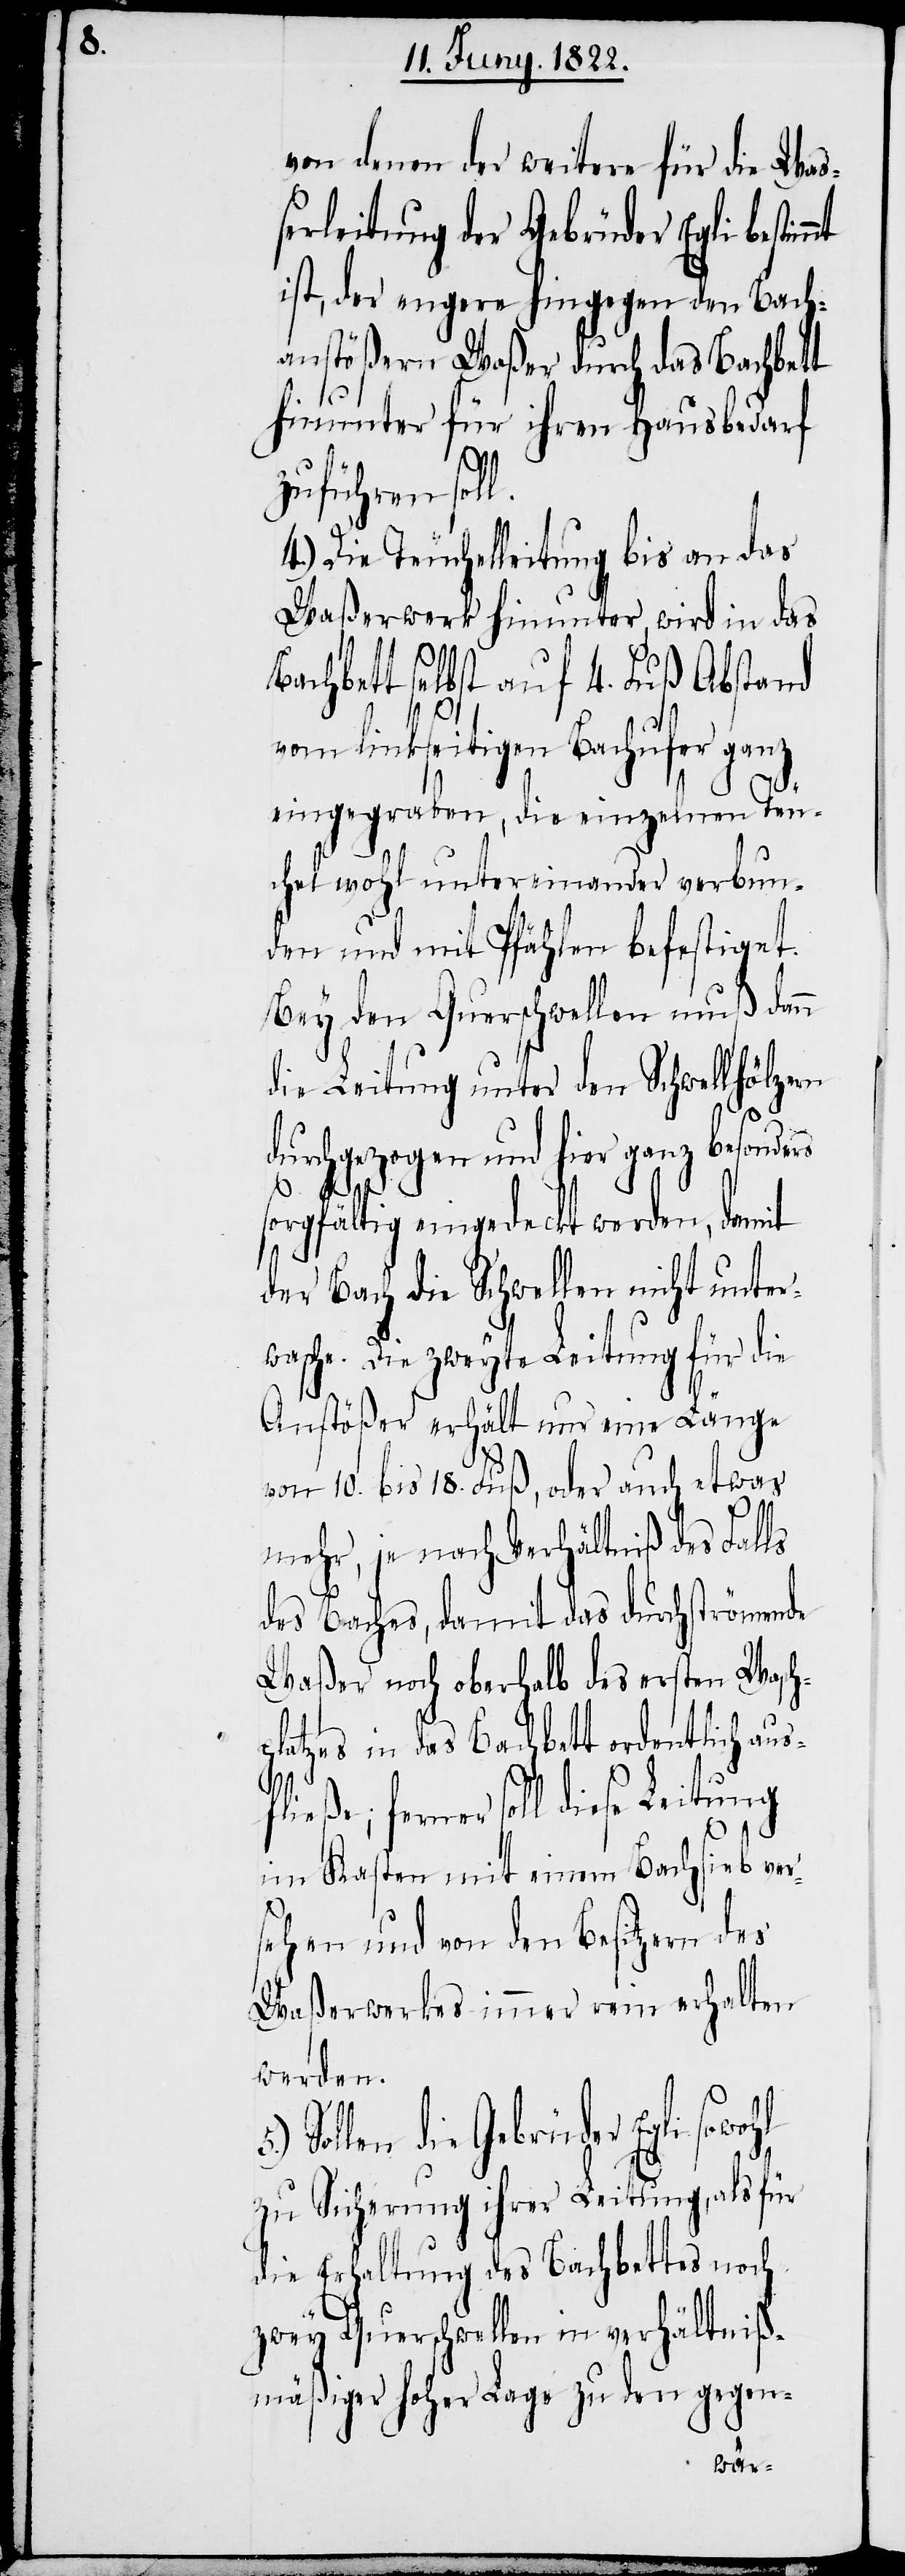
von denen der weitere für die Wa¬
ßerleitung der Gebrüder Egli bestim¬
ist, der engere hingegen den Bach¬
anstößern Waßer durch das Bachbett
hinunter für ihren Hausbedarf
l.
hl
zuführen sol¬
4.) Die Teuchelleitung bis an das
Waßerwerk hinunter wird in das
Bachbett selbst auf 4. Fuß Abstand
vom linkseitigen Bachufer ganz
eingegraben, die einzelnen Teu¬
chel wohl untereinander verbun¬
den und mit Pfählen befestiget.
Bey den Querschwellen muß dann
die Leitung unter den Schwellhölzern
durchgezogen und hier ganz besonders
sorgfältig eingedeckt werden, damit
der Bach die Schwellen nicht unter¬
wasche. Die zweyte Leitung für die
Anstößer erhält nur eine Länge
5.)
von 10. bis 18. Fuß, oder auch etwas
mehr, je nach Verhältniß des Falls
des Baches, damit das durchströmende
Waßer noch oberhalb des ersten Wasch¬
platzes in das Bachbett ordentlich ausf¬
ferner soll diese Leitung
im Kasten mit einem Bachsieb ver¬
sehen und von den Besitzern des
Waßerwerkes immer rein erhalten
werden.
Sollen die Gebrüder Egli sowo¬
zu Sicherung ihrer Leitung, als für
die Erhaltung des Bachbettes noch
zwey Querschwellen in verhältniß¬
mäßiger hoher Lage zu den gegen-
lie¬